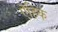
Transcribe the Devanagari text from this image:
ऎहिक